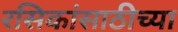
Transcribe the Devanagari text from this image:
रसिकांसाठीच्या